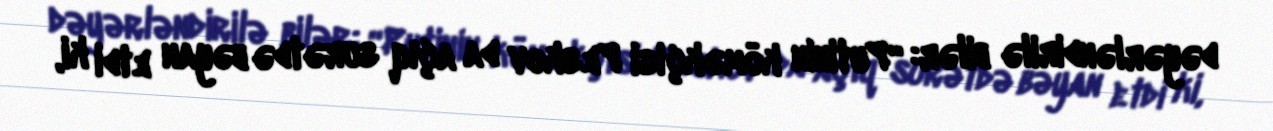
dəyərləndirilə bilər: “Putinin köməkçisi Peskov da açıq surətdə bəyan etdi ki,